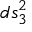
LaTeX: d s _ { 3 } ^ { 2 }